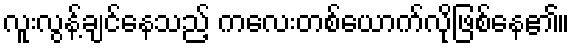
လူးလွန့်ချင်နေသည့် ကလေးတစ်ယောက်လိုဖြစ်နေ၏။